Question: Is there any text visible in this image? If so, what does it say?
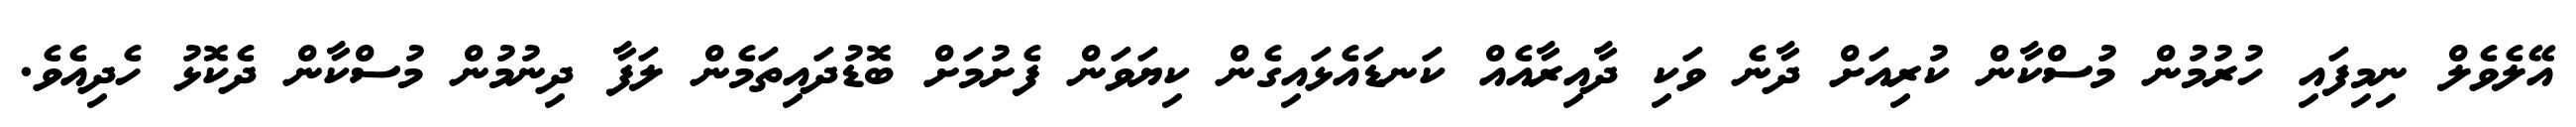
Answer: އޭލެވެލް ނިމިފައި ހުރުމުން މުސްކާން ކުރިއަށް ދާނެ ވަކި ދާއިރާއެއް ކަނޑައެޅައިގެން ކިޔަވަން ފެށުމަށް ބޮޑުދައިތަމެން ލަފާ ދިނުމުން މުސްކާން ދެކޮޅު ހެދިއެވެ.